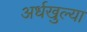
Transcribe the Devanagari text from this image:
अर्धखुल्या